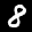
Label: 8